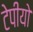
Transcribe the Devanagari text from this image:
टेपीयो